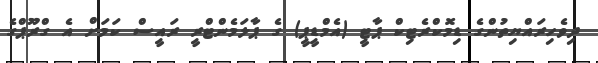
ދިވެހިރައްޔިތުންގެ ޑިމޮކްރެޓިކް ޕާޓީ (އެމްޑީޕީ) ގެ ޕާލަމެންޓްރީ ރައީސް ކަމަށް އެ ގްރޫޕްގެ